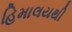
હિમાલયથી